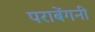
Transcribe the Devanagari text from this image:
पराबेंगनी